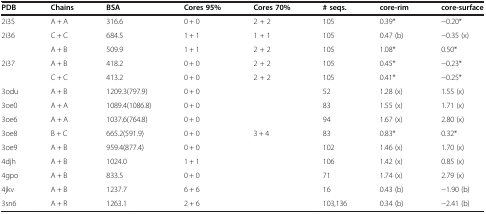
<table><thead><tr><td><b>PDB</b></td><td><b>Chains</b></td><td><b>BSA</b></td><td><b>Cores 95%</b></td><td><b>Cores 70%</b></td><td><b># seqs.</b></td><td><b>core-rim</b></td><td><b>core-surface</b></td></tr></thead><tbody><tr><td>2i35</td><td>A + A</td><td>316.6</td><td>0 + 0</td><td>2 + 2</td><td>105</td><td>0.39*</td><td>-0.20*</td></tr><tr><td>2i36</td><td>C + C</td><td>684.5</td><td>1 + 1</td><td>1 + 1</td><td>105</td><td>0.47 (b)</td><td>-0.35 (x)</td></tr><tr><td> </td><td>A + B</td><td>509.9</td><td>1 + 1</td><td>2 + 2</td><td>105</td><td>1.08*</td><td>0.50*</td></tr><tr><td>2i37</td><td>A + B</td><td>418.2</td><td>0 + 0</td><td>2 + 2</td><td>105</td><td>0.45*</td><td>-0.23*</td></tr><tr><td> </td><td>C + C</td><td>413.2</td><td>0 + 0</td><td>2 + 2</td><td>105</td><td>0.41*</td><td>-0.25*</td></tr><tr><td>3odu</td><td>A + B</td><td>1209.3(797.9)</td><td>0 + 0</td><td> </td><td>52</td><td>1.28 (x)</td><td>1.55 (x)</td></tr><tr><td>3oe0</td><td>A + A</td><td>1089.4(1086.8)</td><td>0 + 0</td><td> </td><td>83</td><td>1.55 (x)</td><td>1.71 (x)</td></tr><tr><td>3oe6</td><td>A + A</td><td>1037.6(764.8)</td><td>0 + 0</td><td> </td><td>94</td><td>1.67 (x)</td><td>2.80 (x)</td></tr><tr><td>3oe8</td><td>B + C</td><td>665.2(591.9)</td><td>0 + 0</td><td>3 + 4</td><td>83</td><td>0.83*</td><td>0.32*</td></tr><tr><td>3oe9</td><td>A + B</td><td>959.4(877.4)</td><td>0 + 0</td><td> </td><td>102</td><td>1.46 (x)</td><td>1.70 (x)</td></tr><tr><td>4djh</td><td>A + B</td><td>1024.0</td><td>1 + 1</td><td> </td><td>106</td><td>1.42 (x)</td><td>0.85 (x)</td></tr><tr><td>4gpo</td><td>A + B</td><td>833.5</td><td>0 + 0</td><td> </td><td>71</td><td>1.74 (x)</td><td>2.79 (x)</td></tr><tr><td>4jkv</td><td>A + B</td><td>1237.7</td><td>6 + 6</td><td> </td><td>16</td><td>0.43 (b)</td><td>-1.90 (b)</td></tr><tr><td>3sn6</td><td>A + R</td><td>1263.1</td><td>2 + 6</td><td> </td><td>103,136</td><td>0.34 (b)</td><td>-2.41 (b)</td></tr></tbody></table>